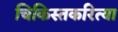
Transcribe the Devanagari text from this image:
चिकिस्तकरित्या